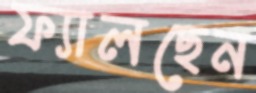
ফ্যালছেন